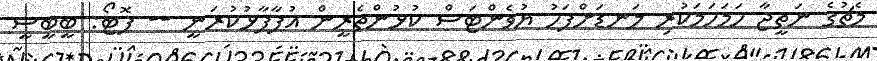
މެޗުގެ ނަތީޖާ ހަމަހަމަކުރި ލަނޑަށްފަހު ޔުވެންޓަސް ކުޅުންތެރީން އުފާފާޅުކުރަނީ -- ފޮޓޯ: ބީބީސީ